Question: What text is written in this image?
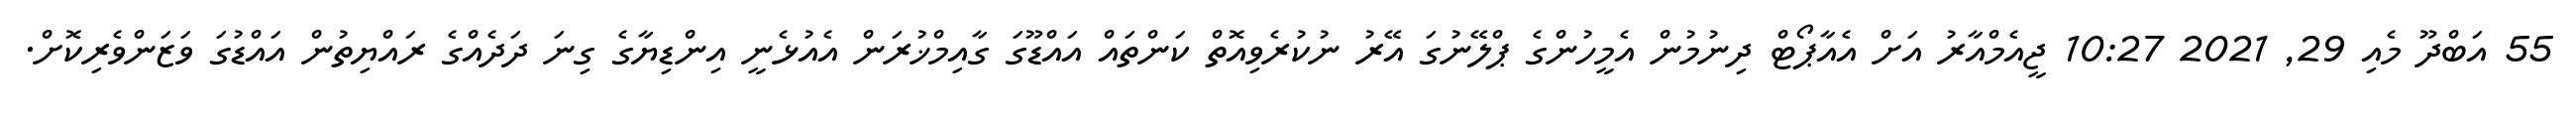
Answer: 55 އަބްދޫ މެއި 29, 2021 10:27 ޖީއެމްއާރު އަށް އެއާޕޯޓް ދިނުމުން އެމީހުންގެ ޕްލޭނުގަ އޭރު ނުކުރެވިއޮތް ކަންތައް އައްޑޫގަ ގާއިމްޚުރަން އެއުޅެނީ އިންޑިޔާގެ ގިނަ ދަދެއްގެ ރައްޔިތުން އައްޑުގަ ވަޒަންވެރިކޮށް.